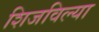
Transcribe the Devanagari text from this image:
शिजविल्या